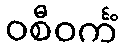
ဝစီဝင်္ကံ